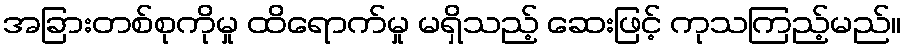
အခြားတစ်စုကိုမှု ထိရောက်မှု မရှိသည့် ဆေးဖြင့် ကုသကြည့်မည်။